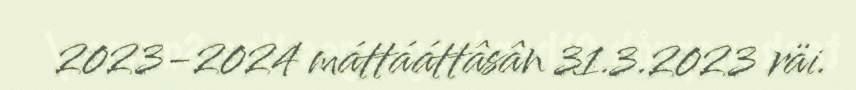
2023-2024 máttááttâsân 31.3.2023 räi.